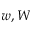
w , W